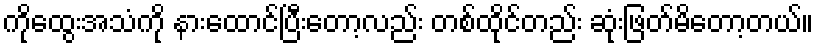
ကိုထွေးအသံကို နားထောင်ပြီးတော့လည်း တစ်ထိုင်တည်း ဆုံးဖြတ်မိတော့တယ်။